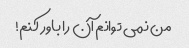
من نمی توانم آن را باور کنم!